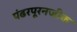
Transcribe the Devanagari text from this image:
पंढरपूरनजीक